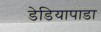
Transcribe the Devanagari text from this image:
डेडियापाडा